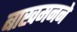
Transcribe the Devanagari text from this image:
बाखमनने